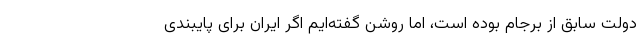
دولت سابق از برجام بوده است، اما روشن گفته‌ایم اگر ایران برای پایبندی